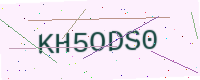
Text: KH5ODS0